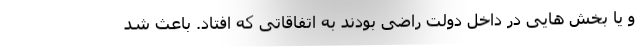
و یا بخش هایی در داخل دولت راضی بودند به اتفاقاتی که افتاد. باعث شد